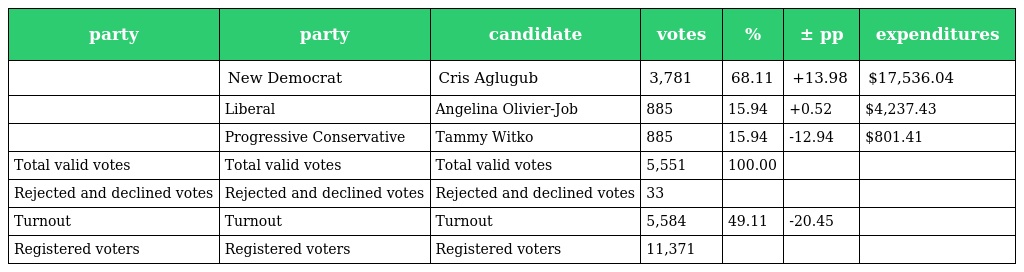
| party | party | candidate | votes | % | ± pp | expenditures |
 | --- | --- | --- | --- | --- | --- | --- |
 |  | New Democrat | Cris Aglugub | 3,781 | 68.11 | +13.98 | $17,536.04 |
 |  | Liberal | Angelina Olivier-Job | 885 | 15.94 | +0.52 | $4,237.43 |
 |  | Progressive Conservative | Tammy Witko | 885 | 15.94 | -12.94 | $801.41 |
 | Total valid votes | Total valid votes | Total valid votes | 5,551 | 100.00 |  |  |
 | Rejected and declined votes | Rejected and declined votes | Rejected and declined votes | 33 |  |  |  |
 | Turnout | Turnout | Turnout | 5,584 | 49.11 | -20.45 |  |
 | Registered voters | Registered voters | Registered voters | 11,371 |  |  |  |